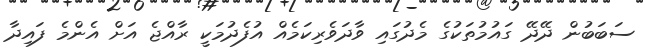
ސަބަބުން ދޭދޭ ގައުމުތަކުގެ މެދުގައި ވާދަވެރިކަމެއް އުފެދުމަކީ ރާއްޖެ އަށް އެންމެ ފައިދާ